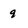
Character: 9